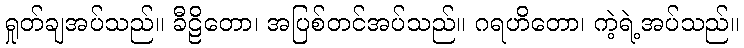
ရှုတ်ချအပ်သည်။ ခီဠိတော၊ အပြစ်တင်အပ်သည်။ ဂရဟိတော၊ ကဲ့ရဲ့အပ်သည်။